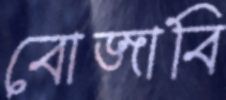
বোজাবি